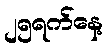
၂၅ရက်နေ့